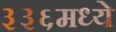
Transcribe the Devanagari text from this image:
३३६मध्ये